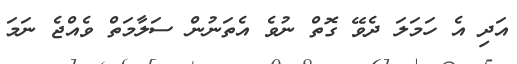
އަދި އެ ހަމަލަ ދެވޭ ގޮތް ނުވެ އެތަނުން ސަލާމަތް ވެއްޖެ ނަމަ